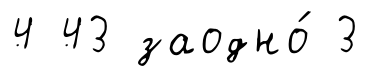
4 43 заодно́ 3